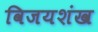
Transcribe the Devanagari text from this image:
विजयशंख